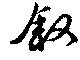
叙